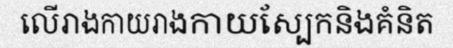
លើរាងកាយរាងកាយស្បែកនិងគំនិត